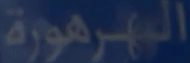
المصرورية